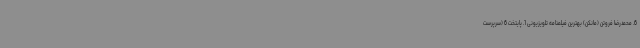
6. محمدرضا فروتن (مانکن) بهترین فیلمنامه تلویزیونی 1. پایتخت 6 (سرپرست